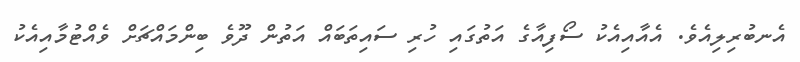
އެނބުރިލިއެވެ. އެއާއިއެކު ސޯފިއާގެ އަތުގައި ހުރި ސައިތަބައް އަތުން ދޫވެ ބިންމައްޗަށް ވެއްޓުމާއިއެކު